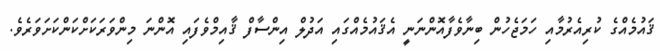
ޤައުމެއްގެ ކުރިއެރުމާއި ހަމަޖެހުން ބިނާވެފާއޮންނަނީ އެޤައުމެއްގައި އަދުލް އިންސާފް ޤާއިމްވެފައި އޮންނަ މިންވަރަކަށްކަންކަށަވަރެވެ.